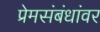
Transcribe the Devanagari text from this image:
प्रेमसंबंधांवर